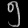
Digit: ၅